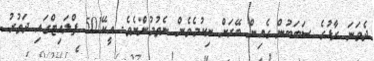
ދެވަނަ ރާޅުގެ ސަބަބުން ގެއިން ބޭރަށް ނިކުމެވެން ނެތުމުންނެވެ. އީކޭ501 ފްލައިޓްގައި ދަތުރު